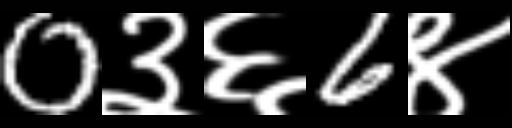
Text: 0३६6४